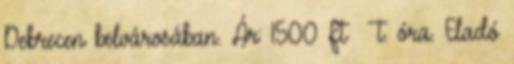
Debrecen belvárosában. Ár: 1500 Ft t. óra. Eladó